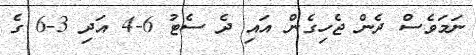
ނަމަވެސް ދެން ޖެހިގެން އައި ދެ ސެޓު 6-4 އަދި 3-6 ގެ